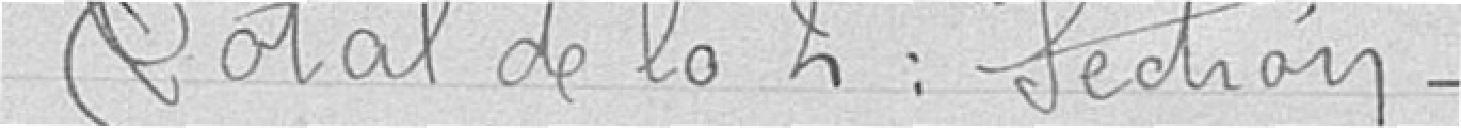
Total de la 2eme section